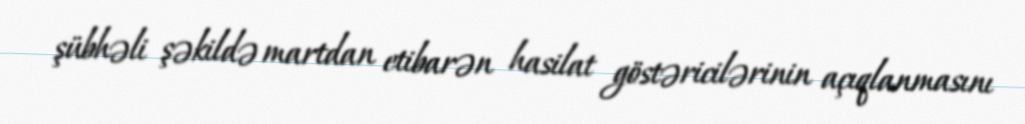
şübhəli şəkildə martdan etibarən hasilat göstəricilərinin açıqlanmasını